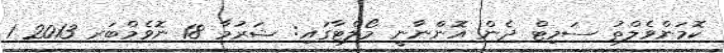
ކޮމަންވެލްތު ސަމިޓް ދެން އޮންނާނީ މޯލްޓާގައި: ޝަރުމާ 18 ނޮވެމްބަރ 2013 1